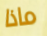
ماذا